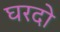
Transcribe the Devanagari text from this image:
घरदो